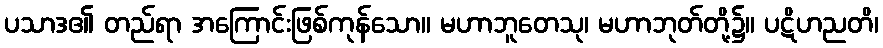
ပသာဒ၏ တည်ရာ အကြောင်းဖြစ်ကုန်သော။ မဟာဘူတေသု၊ မဟာဘုတ်တို့၌။ ပဋိဟညတိ၊